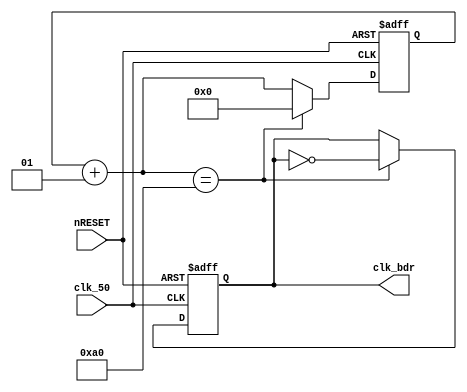
module prescaler_RX (
clk_50,nRESET,
clk_bdr);

input clk_50,nRESET;
output reg clk_bdr;

integer cnt;

parameter BD=160;

initial
clk_bdr=0;

always@(negedge clk_50 or negedge nRESET) begin
  if(!nRESET) 
		begin cnt=0; clk_bdr=0; end
  else begin
	  cnt=cnt+1; 
	  if(cnt==BD) begin
	  	clk_bdr=~clk_bdr;
		cnt=0;
		end //cnt
	end //else
end //always

endmodule